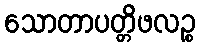
သောတာပတ္တိဖလဉ္စ